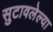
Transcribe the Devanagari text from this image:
सुटावलेल्या